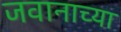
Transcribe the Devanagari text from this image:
जवानाच्या